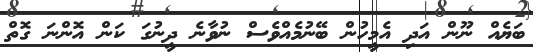
ބަޔެއް ނޫން އަދި އެމީހުން ބޭނުމެއްވެސް ނުވާނެ ދީނުގަ ކަން އޮންނަ ގޮތް